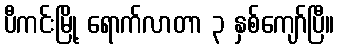
ပီကင်းမြို့ ရောက်လာတာ ၃ နှစ်ကျော်ပြီ။